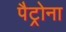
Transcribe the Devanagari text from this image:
पैट्रोना